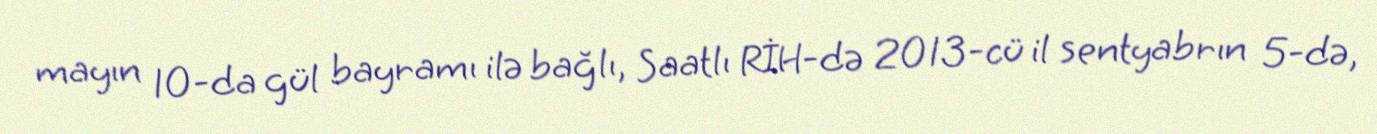
mayın 10-da gül bayramı ilə bağlı, Saatlı RİH-də 2013-cü il sentyabrın 5-də,